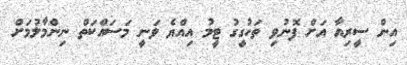
އިން ސީރިއާ އަށް ފޮނުވި ތަހުގީގު ޓީމު އިއްޔެ ވަނީ މަސައްކަތް ނިންމާލުމަށް